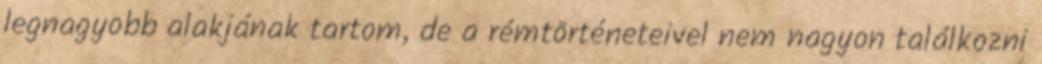
legnagyobb alakjának tartom, de a rémtörténeteivel nem nagyon találkozni